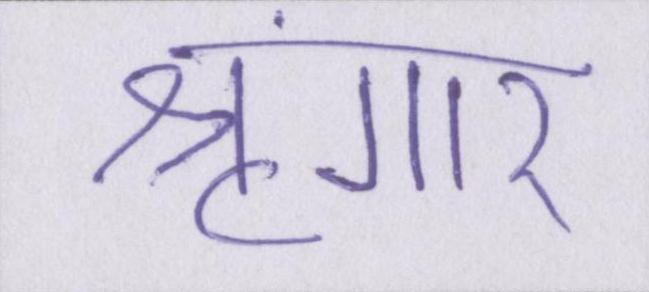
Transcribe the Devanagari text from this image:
श्रृंगार